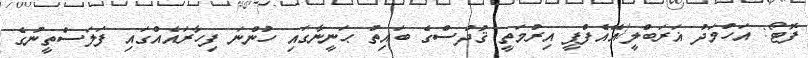
ފޮޓޯ: އަހުމަދު ޣަރަބްލީ/އޭއެފްޕީ އިރުމަތީ ޤުދުސްގެ ބައިތު ޙަނީނާގައި ހުންނަ ފިހާރައެއްގައި ފަލަސްތީނުގެ